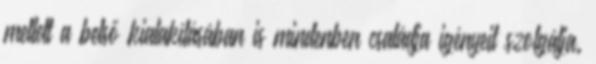
mellett a belső kialakításában is mindenben családja igényeit szolgálja.